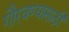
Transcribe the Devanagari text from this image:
गौरवण्यासाठी